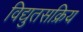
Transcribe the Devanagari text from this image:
विद्युतसक्रिय